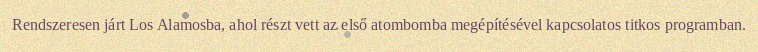
Rendszeresen járt Los Alamosba, ahol részt vett az első atombomba megépítésével kapcsolatos titkos programban.